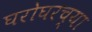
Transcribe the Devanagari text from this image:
घरोघरच्या